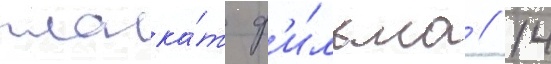
плака́т ф'и́льма // 14